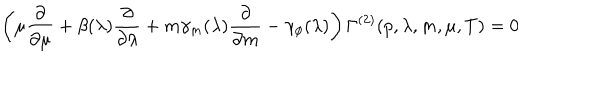
LaTeX: \left( \mu { \frac { \partial } { \partial \mu } } + \beta ( \lambda ) { \frac { \partial } { \partial \lambda } } + m \gamma _ { m } ( \lambda ) { \frac { \partial } { \partial { m } } } - \gamma _ { \phi } ( \lambda ) \right) \Gamma ^ { ( 2 ) } ( p , \lambda , m , \mu , T ) = 0